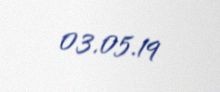
03.05.19